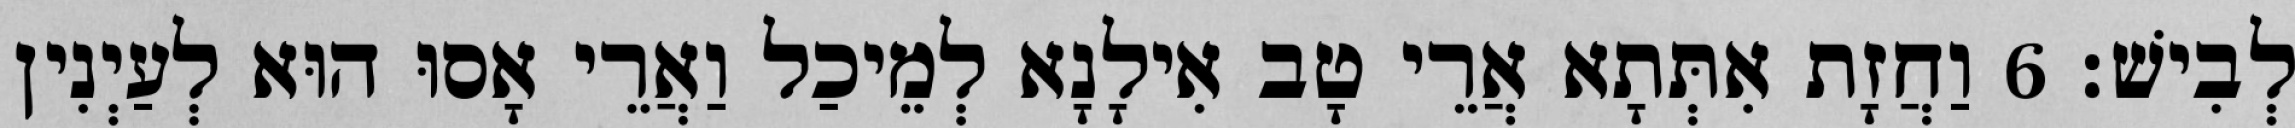
לְבִישׁ׃ 6 וַחֲזָת אִתְּתָא אֲרֵי טָב אִילָנָא לְמֵיכַל וַאֲרֵי אָסוּ הוּא לְעַיְנִין